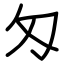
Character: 匁